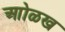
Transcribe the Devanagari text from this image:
आोळख